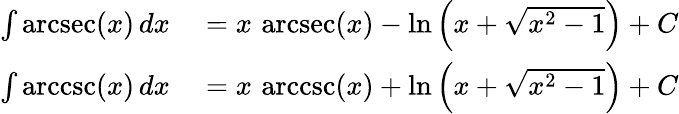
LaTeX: \begin{array}{rl}{\int\operatorname{arcsec}(x)\, dx}&{{}{}=x\, \operatorname{arcsec}(x)-\ln\left(x+{\sqrt{x^{2}-1}}\right)+C}\\ {\int\operatorname{arccsc}(x)\, dx}&{{}{}=x\, \operatorname{arccsc}(x)+\ln\left(x+{\sqrt{x^{2}-1}}\right)+C}\end{array}